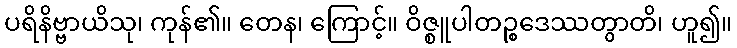
ပရိနိဗ္ဗာယိသု၊ ကုန်၏။ တေန၊ ကြောင့်။ ဝိဇ္စူပါတဉ္စဒေဿတွာတိ၊ ဟူ၍။